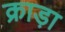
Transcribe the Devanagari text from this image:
क्राड़ा